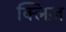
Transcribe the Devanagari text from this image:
क्लिज़